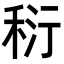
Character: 𥞟